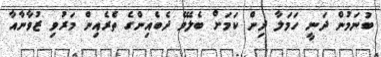
ބުނަމުން ދަނީ ހަމަލާ ދިން ކަމަށް ބެލެވޭ ދެބެއިންގެ ތެރެއިން މަރުވި ޒުވާނާއާ